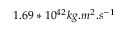
1 . 6 9 * 1 0 ^ { 4 2 } k g . m ^ { 2 } . s ^ { - 1 }